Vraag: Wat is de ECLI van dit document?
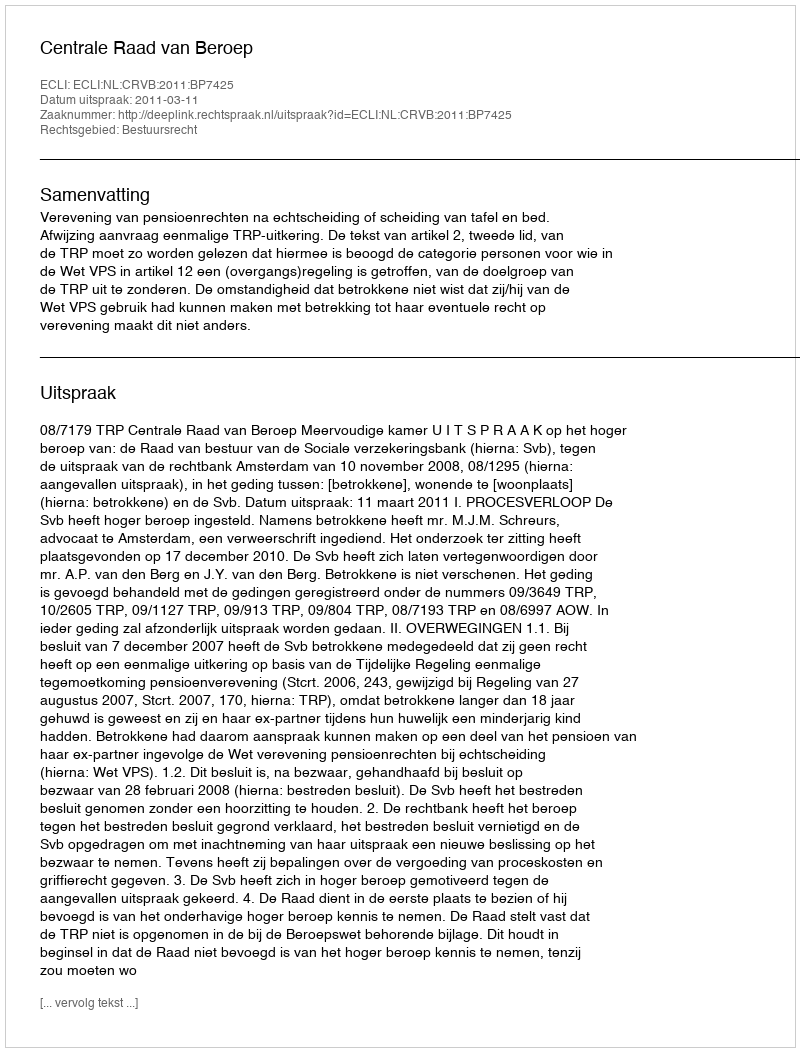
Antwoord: ECLI:NL:CRVB:2011:BP7425